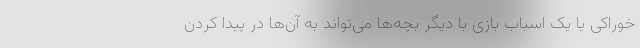
خوراکی یا یک اسباب بازی با دیگر بچه‌ها می‌تواند به آن‌ها در پیدا کردن